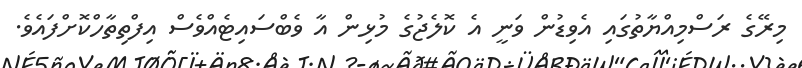
މިރޭގެ ރަސްމިއްޔާތުގައި އެވިޑުން ވަނީ އެ ކޮލެޖުގެ މުޅިން އާ ވެބްސައިޓެއްވެސް އިފްތިތާހްކޮށްފައެވެ.